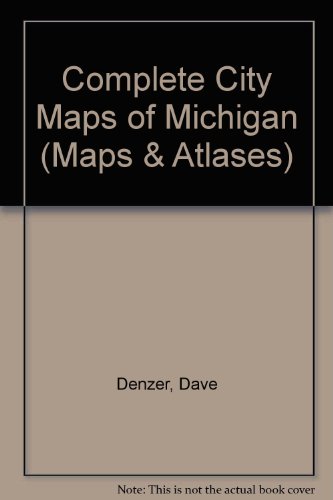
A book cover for Complete City Maps of Michigan (Maps & Atlases); Dave Denzer; Travel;